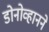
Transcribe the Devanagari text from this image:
डोनोव्हानने